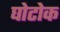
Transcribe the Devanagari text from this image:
घोटोक